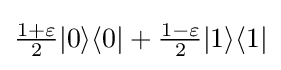
{\textstyle {\frac {1+\varepsilon }{2}}|0\rangle \langle 0|+{\frac {1-\varepsilon }{2}}|1\rangle \langle 1|}